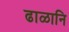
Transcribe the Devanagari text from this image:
ढाळानि